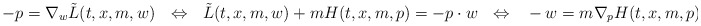
\begin{align*}-p = \nabla_w \tilde{L}(t,x,m,w) ~~ \Leftrightarrow ~~\tilde{L}(t,x,m,w) + mH(t,x,m,p) = -p \cdot w~~ \Leftrightarrow ~~-w = m\nabla_p H(t,x,m,p).\end{align*}